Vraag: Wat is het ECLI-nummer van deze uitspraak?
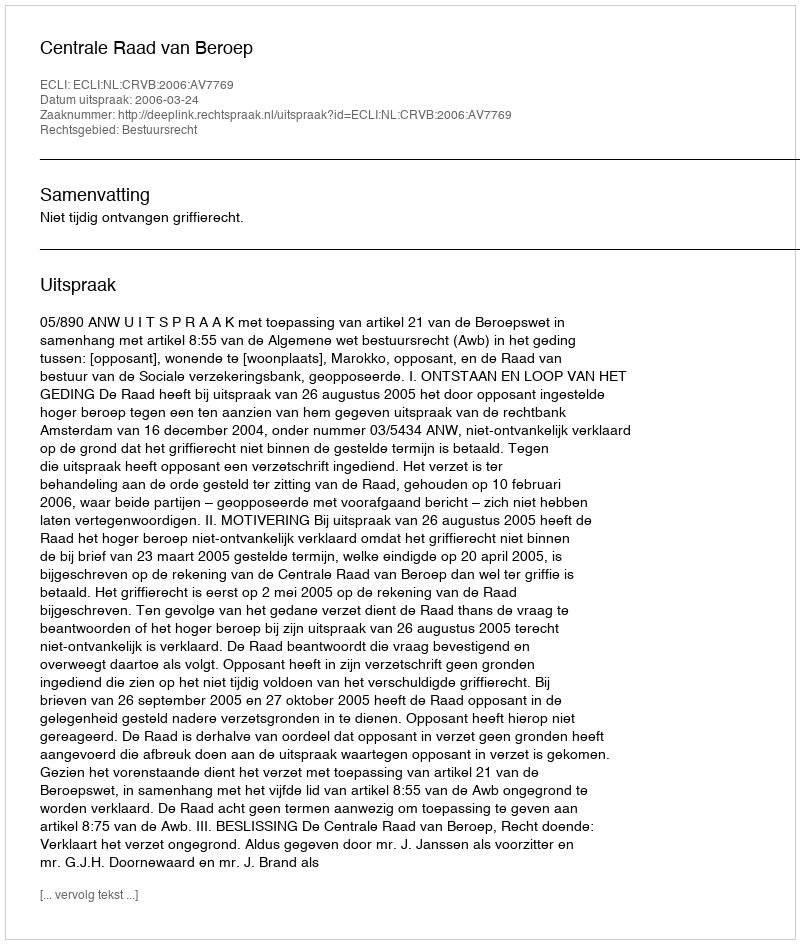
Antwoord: ECLI:NL:CRVB:2006:AV7769